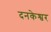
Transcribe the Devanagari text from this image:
दनकेश्वर